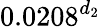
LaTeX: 0.0208^{d_{2}}